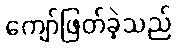
ကျော်ဖြတ်ခဲ့သည်